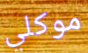
موكلي